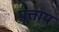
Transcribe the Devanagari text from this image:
पृत्ताय